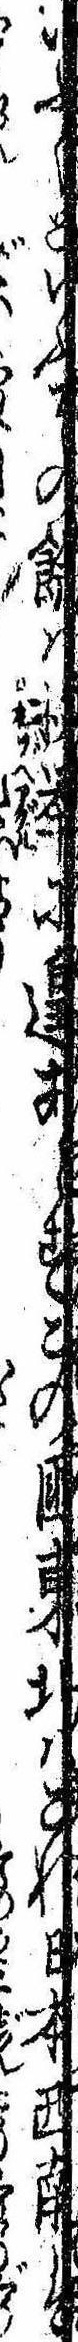
いぶくといふその余は枚挙に遑あらずこの国東北はこれ日本西南は